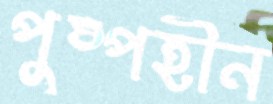
পুষ্পহীন